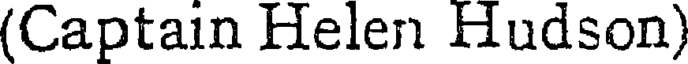
(Captain Helen Hudson)